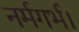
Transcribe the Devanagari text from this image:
नर्मगर्भ।